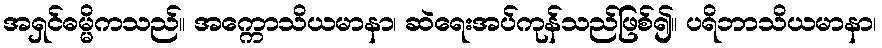
အရှင်ဓမ္မိကသည်။ အက္ကောသိယမာနာ၊ ဆဲရေးအပ်ကုန်သည်ဖြစ်၍။ ပရိဘာသိယမာနာ၊